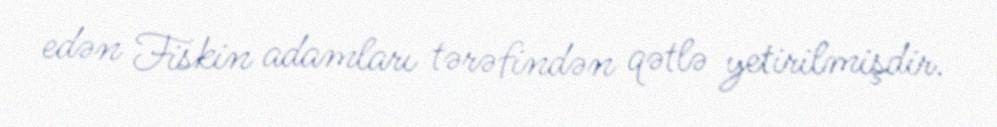
edən Fiskin adamları tərəfindən qətlə yetirilmişdir.